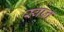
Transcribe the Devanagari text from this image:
स्‍वप्‍न